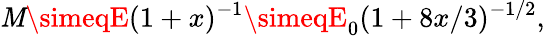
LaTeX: \mathit{M}\simeqE(1+x)^{-1}\simeqE_{0}(1+8x/3)^{-1/2},